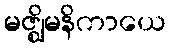
မဇ္ဈိမနိကာယေ